King Institute of Preventive Medicine Bacteriolog. Section reports 1907-08
Year: 1907
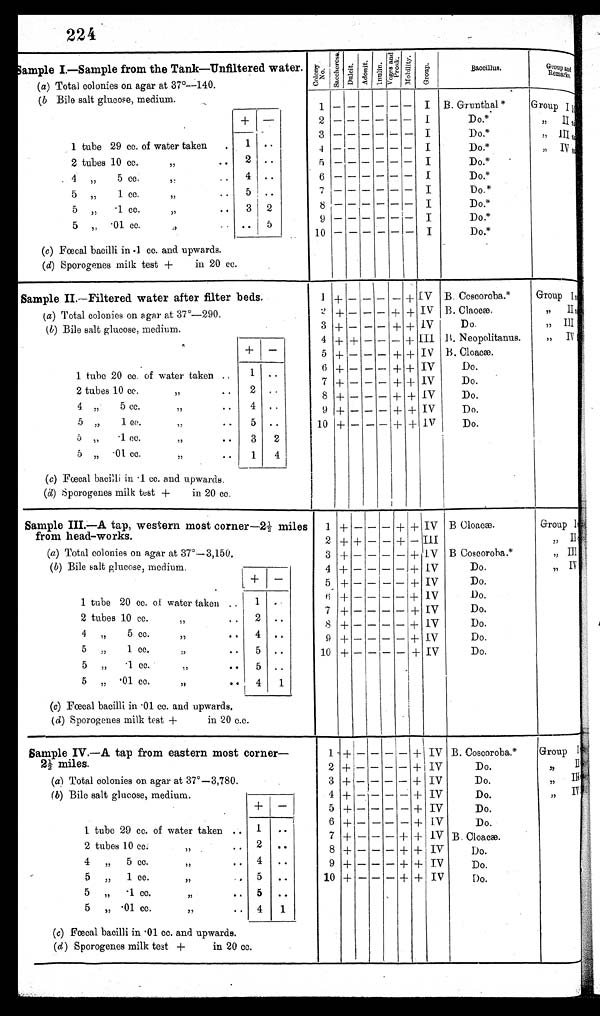
224
Sample I.—Sample from the Tank—Unfiltered water.
(a) Total colonies on agar at 37º—140.
C o l o n y N o , Sa c c h e r o s D u l
Ad o n i t
I n al
i n
. Voges and Pr os k
M o b i l i t y
G r o u p
B a c c i l l u s
Gvoup and
Remarks
( b Bile salt glucose, medium.
1 -
- -
- -
- I B. Grunthal*
Group I
+
-
2 -
- -
- -
- I
Do.*
, , I I
1 tube 29 cc. of water taken
.
1
. .
3 -
- -
- -
- I
D o . *
, , I I I
-
- -
- -
- I
D o . *
4
, , I V
2 tubes 10 cc. ,,
. . 2 .. I
5
- - -
- -
- I
Do.*
6 -
- -
- - - I
D o . *
4 ,,
5 cc. ,,
. . 4
. .
7
- - -
- -
- I
D o . *
5 „ 1 cc. ,,
..
5
. .
8 -
- -
- - -
I
I
D o . *
5 ,, .1 cc. ,,
..
3 2
9 -
- -
- -
I
D o . *
5 ,,
• 01 cc. ,,
. . . . 5
10
- - -
- - - — I
D o . *
1 + - -
- - - IV B. Cescoroba.*
Group I
(c) Fœcal bacilli in .1 cc. and upwards.
(d) Sporogenes milk test + in 20 cc.
Sample II.—Filtered water after filter beds.
(a) Total colonies on agar at 37º-290.
2
+
+ -
- + + IV B. Cl aocæ.
,,
II
( b) Bile salt glucose, medium.
3 + - -
- + + IV
Do.
,, II
+
-
4 + + -
- - -
I I I B. Neopolitanus.
„
I V
5
+ - -
- + + IV B. Cloacæ.
1 tube 20 cc. of water taken
. . 1
. .
6 + - -
- + + IV
Do.
7 + - -
- + + IV
Do.
2 tubes 10 cc. ,,
. . 2
. .
8 + - -
- + + IV
Do.
4 „
5 cc. .. 4
. .
9 + - -
- + + IV
Do.
5
1 Cc. ,,
. .
5
. .
10 + - -
- + + IV
Do.
5
„
1 cc. ,, . . 3 2
1 + - - - + + IV B B Cloacæ.
Group I
5 „ .01 cc. ,, .. 1 4
(c) Fœcal bacilli in 1 cc. and upwards.
(d) Sporogenes milk test +
in 20 cc.
Sample III.—A tap, western most corner—2½ miles
from head-works.
2 + + - - + -
I I I
,, II
(a) Total colonies on agar at 37º-3,150,
3 + - - - - + IV B Coscoroba.*
,, III
(b) Bile salt glucose, medium,
4 + - - - — + IV
Do.
„ IV '
+
-
+ - - - - - IV
Do.
1 tube 20 cc. of water taken
. . 1
. .
6 + - - - - - IV
Do.
7 + - - - - + IV
Do.
2 tubes 10 cc.
, , ..
2
. .
8
+ - - - - + IV
Do.
4
, ,
5 c c . , ,
. . 4
. .
9
+ - - -
-
+ IV
Do.
5 „
1 cc. ,,
.. 5
. .
10
+ - - - - + IV
Do.
5 „
1 cc. ,,
.. 5
. .
1 + - - - - + IV B. Coscoroba,*
.
Gr oup I
5 „ 01 cc. ,, .. 4 1
(c) Fœcal bacilli in 01 cc. and upwards.
(d) Sporogenes milk test +
in 20 c.c.
Sample IV.—A tap from eastern most corner—
2½ miles.
2 + - - - - + IV
Do.
,,
I I
(a) Total colonies on agar at 37°-3,780.
3
+ - - - - + IV
Do.
,, III
(b) Bile salt glucose, medium.
4 + - - - - + IV
Do.
,, IV
+ -
5
+ - - - - + IV
Do,
1 tube 29 cc. of water taken .. 1
. .
6
+ - - - - + IV
Do.
7
+ - - - + + IV B. Cloacæ.
2 tubes 10 cc. ,, .. 2
. .
8 + - - - + + IV
Do.
4
, ,
5 c c .
, ,
..
4
. .
9 + - - - + + IV
Do.
5 ,, 1 c c . , , . .
5
. .
10 + - - - + + IV
Do.
5
, ,
1 c c . , , . . 5
. .
-
5 „ 01 cc.
,,
. . 4 1
(c) Fœcal bacilli in 1 cc. and upwards.
(d) Sporogenes milk test +
in 20 cc.